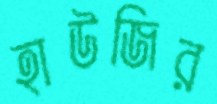
হাউজির